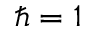
\hbar = 1